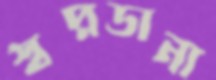
স্বপ্নডানা